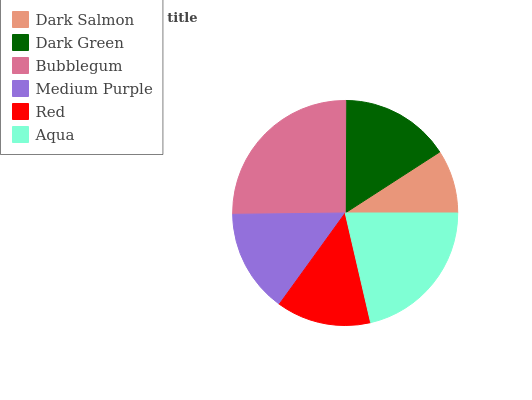
| Dark Salmon | Dark Green | Bubblegum | Medium Purple | Red | Aqua |
 | --- | --- | --- | --- | --- | --- |
 | 9.12% | 15.8% | 25.3% | 14.9% | 13.6% | 21.3% |